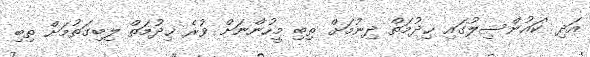
އަދި 'ކައުންސިލުގައި ޚިދުމަތް ދިނުމަށް ތިބި މީހުންނަށް ވުރެ ޚިދުމަތް ލިބިގަތުމަށް ތިބި